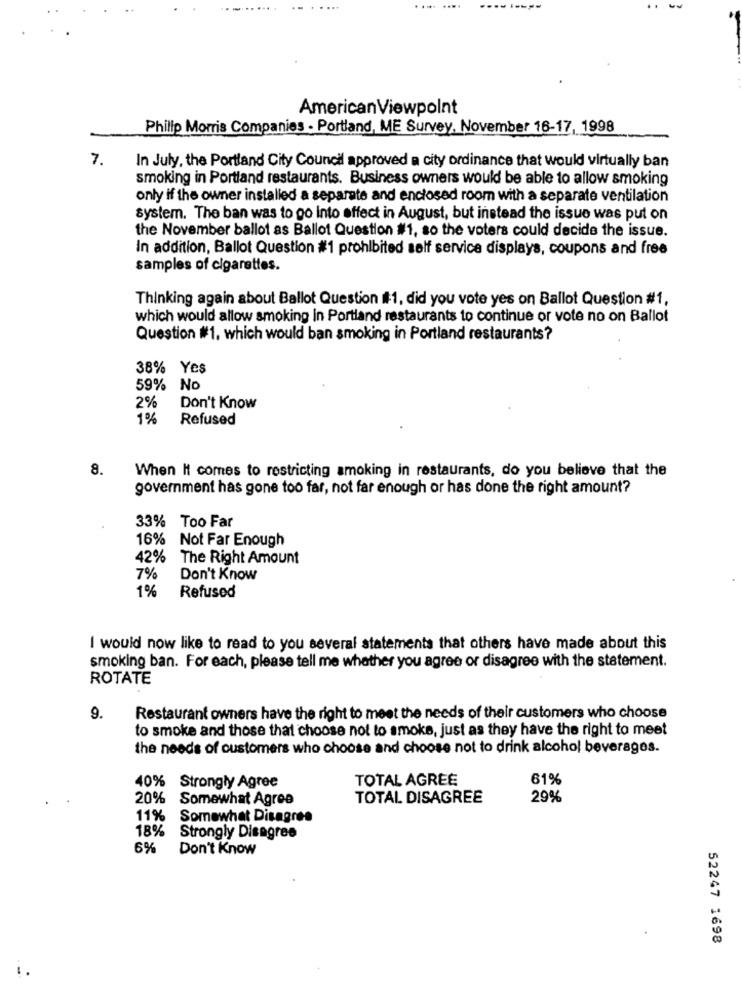
AmericanViewpoint
Philip Morris Companies . Portland, ME Survey, November 16-17, 1998
7.
In July, the Portland City Council approved a city ordinance that would virtually ban
smoking in Portland restaurants. Business owners would be able to allow smoking
only if the owner installed a separate and enclosed room with a separate ventilation
system. The ban was to go Into effect in August, but instead the issue was put on
the November ballot as Ballot Question #1, so the voters could decide the issue.
In addition, Ballot Question #1 prohibited self service displays, coupons and free
samples of cigarettes.
Thinking again about Ballot Question #1, did you vote yes on Ballot Question #1,
which would allow smoking in Portland restaurants to continue or vote no on Ballot
Question #1. which would ban smoking in Portland restaurants?
38% Yes
59% No
2
Don't Know
1%
Refused
8.
When It comes to restricting smoking in restaurants, do you believe that the
government has gone too far, not far enough or has done the right amount?
33% Too Far
16% Not Far Enough
42%
The Right Amount
7%
Don't Know
1%
Refused
I would now like to read to you several statements that others have made about this
smoking ban. For each, please tell me whether you agree or disagree with the statement.
ROTATE
9.
Restaurant owners have the right to meet the needs of their customers who choose
to smoke and those that choose not to smoke, just as they have the right to meet
the needs of customers who choose and choose not to drink alcohol beverages.
TOTAL AGREE
61%
40% Strongly Agree
20% Somewhat Agree
TOTAL DISAGREE
29%
11% Somewhat Disagree
18% Strongly Disagree
6%
Don't Know
52247 1698